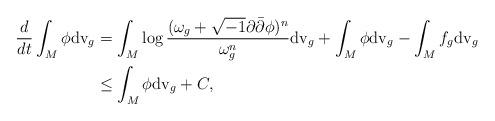
LaTeX: \begin{align*}\frac{d}{dt}\int_M\phi {\rm dv}_{g}&=\int_M\log\frac{(\omega_g+\sqrt{-1}\partial\bar{\partial}\phi)^n}{\omega_g^n}{\rm dv}_{g}+\int_M\phi {\rm dv}_{g} -\int_M f_g {\rm dv}_{g}& \\&\leq \int_M\phi {\rm dv}_{g}+ C,\end{align*}